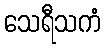
သေရီသကံ